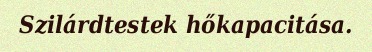
Szilárdtestek hőkapacitása.